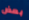
بعض